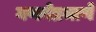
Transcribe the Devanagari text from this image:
गणनेप्रमाणे